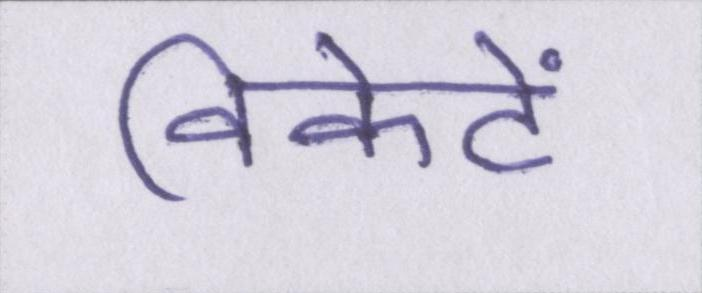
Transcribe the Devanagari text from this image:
विकेटें